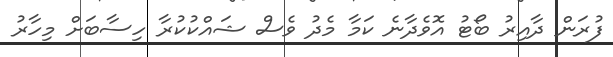
ފުރަން ދާއިރު ބޯޓު އޮވެދާނެ ކަމާ މެދު ވެސް ޝައްކުކުރާ ހިސާބަށް މިހާރު